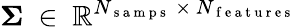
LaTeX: \mathbf{\Sigma}~\in~\mathbb{R}^{N_{\mathrm{~s~a~m~p~s~}}~\times~N_{\mathrm{~f~e~a~t~u~r~e~s~}}}